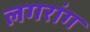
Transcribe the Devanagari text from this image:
लगरांग